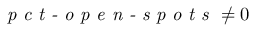
\textit { p c t - o p e n - s p o t s } \neq 0